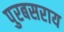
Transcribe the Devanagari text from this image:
पुरबसराय